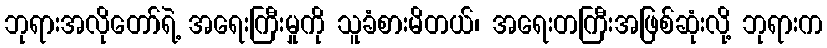
ဘုရားအလိုတော်ရဲ့ အရေးကြီးမှုကို သူခံစားမိတယ်၊ အရေးတကြီးအဖြစ်ဆုံးလို့ ဘုရားက